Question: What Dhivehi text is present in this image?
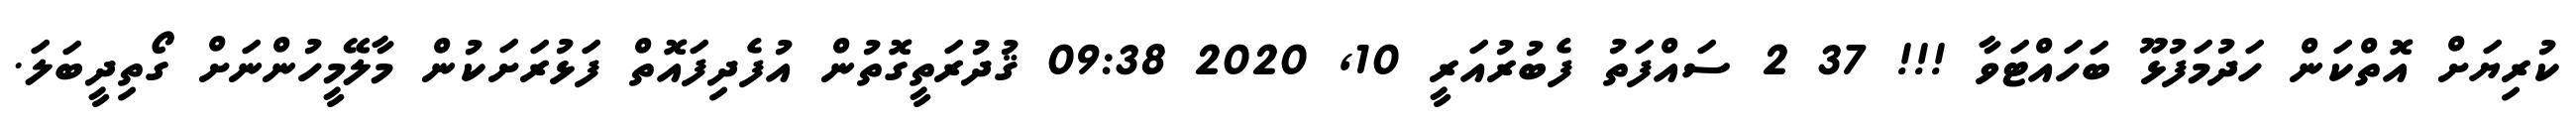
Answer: ކުރިޔަށް އޮތްކަން ހަދުމަފުޅޫ ބަހައްޓަވާ !!! 37 2 ސައްފަތު ފެބުރުއަރީ 10, 2020 09:38 ޤުދުރަތީގޮތުން އުފެދިފައޮތް ފަޅުރަށަކުން މާލޭމީހުންނަށް ގޯތިދީބަލަ.